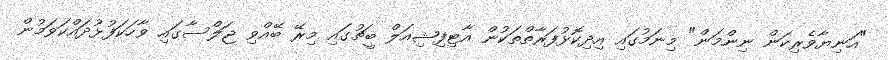
"އަނިޔާވެރިކަން ނިންމަން" މިނަމުގައި އިދިކޮޅުފަރާތްތަކުން އާޓިފިޝިއަލް ބީޗުގައި މިރޭ ބޭއްވި ޖަލްސާގައި ވާހަކަފުޅުދައްކަވަމުން